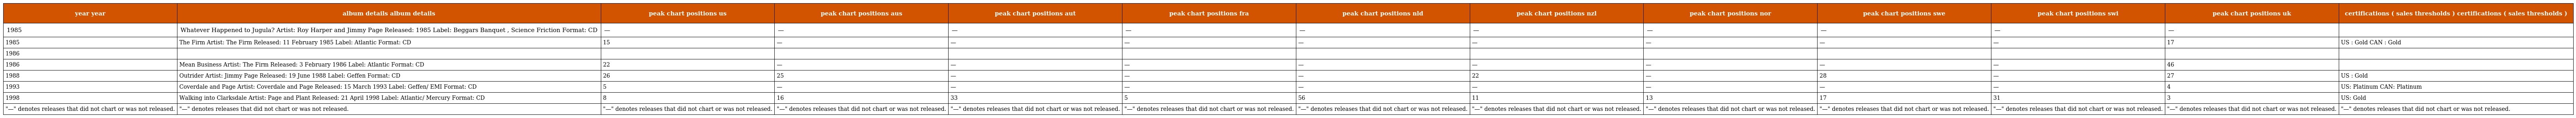
| year year | album details album details | peak chart positions us | peak chart positions aus | peak chart positions aut | peak chart positions fra | peak chart positions nld | peak chart positions nzl | peak chart positions nor | peak chart positions swe | peak chart positions swi | peak chart positions uk | certifications ( sales thresholds ) certifications ( sales thresholds ) |
 | --- | --- | --- | --- | --- | --- | --- | --- | --- | --- | --- | --- | --- |
 | 1985 | Whatever Happened to Jugula? Artist: Roy Harper and Jimmy Page Released: 1985 Label: Beggars Banquet , Science Friction Format: CD | — | — | — | — | — | — | — | — | — | — |  |
 | 1985 | The Firm Artist: The Firm Released: 11 February 1985 Label: Atlantic Format: CD | 15 | — | — | — | — | — | — | — | — | 17 | US : Gold CAN : Gold |
 | 1986 |  |  |  |  |  |  |  |  |  |  |  |  |
 | 1986 | Mean Business Artist: The Firm Released: 3 February 1986 Label: Atlantic Format: CD | 22 | — | — | — | — | — | — | — | — | 46 |  |
 | 1988 | Outrider Artist: Jimmy Page Released: 19 June 1988 Label: Geffen Format: CD | 26 | 25 | — | — | — | 22 | — | 28 | — | 27 | US : Gold |
 | 1993 | Coverdale and Page Artist: Coverdale and Page Released: 15 March 1993 Label: Geffen/ EMI Format: CD | 5 | — | — | — | — | — | — | — | — | 4 | US: Platinum CAN: Platinum |
 | 1998 | Walking into Clarksdale Artist: Page and Plant Released: 21 April 1998 Label: Atlantic/ Mercury Format: CD | 8 | 16 | 33 | 5 | 56 | 11 | 13 | 17 | 31 | 3 | US: Gold |
 | "—" denotes releases that did not chart or was not released. | "—" denotes releases that did not chart or was not released. | "—" denotes releases that did not chart or was not released. | "—" denotes releases that did not chart or was not released. | "—" denotes releases that did not chart or was not released. | "—" denotes releases that did not chart or was not released. | "—" denotes releases that did not chart or was not released. | "—" denotes releases that did not chart or was not released. | "—" denotes releases that did not chart or was not released. | "—" denotes releases that did not chart or was not released. | "—" denotes releases that did not chart or was not released. | "—" denotes releases that did not chart or was not released. | "—" denotes releases that did not chart or was not released. |